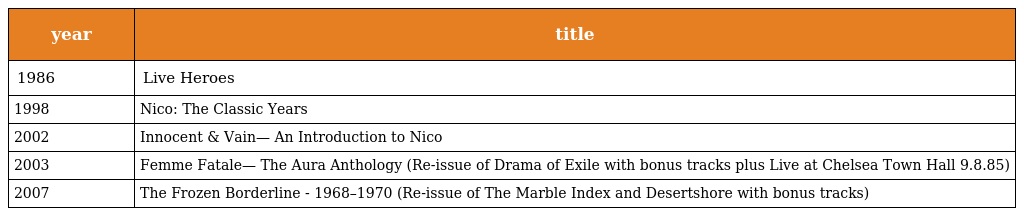
| year | title |
 | --- | --- |
 | 1986 | Live Heroes |
 | 1998 | Nico: The Classic Years |
 | 2002 | Innocent & Vain— An Introduction to Nico |
 | 2003 | Femme Fatale— The Aura Anthology (Re-issue of Drama of Exile with bonus tracks plus Live at Chelsea Town Hall 9.8.85) |
 | 2007 | The Frozen Borderline - 1968–1970 (Re-issue of The Marble Index and Desertshore with bonus tracks) |